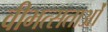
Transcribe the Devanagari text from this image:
वीभत्सताओं